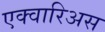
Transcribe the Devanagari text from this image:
एक्वारिअस